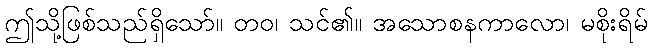
ဤသို့ဖြစ်သည်ရှိသော်။ တဝ၊ သင်၏။ အသောစနကာလော၊ မစိုးရိမ်